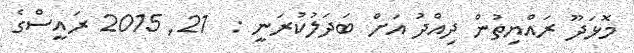
މޮޅަދޫ ރައްޔިތުން ދިއްދު އަށް ބަދަލުކުރަނީ :  21